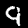
Label: 9